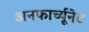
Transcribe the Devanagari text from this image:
अनफार्च्यूनेट